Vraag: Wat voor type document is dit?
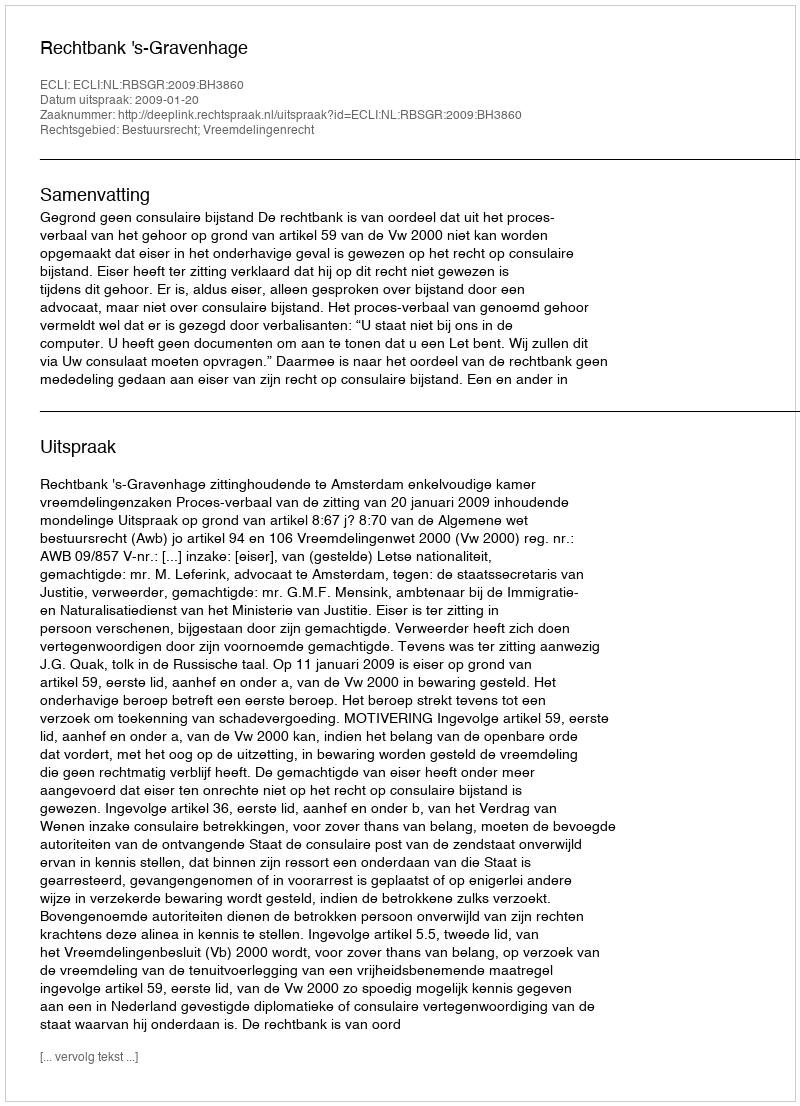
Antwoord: Uitspraak